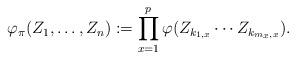
LaTeX: \begin{align*}\varphi_\pi(Z_1, \ldots, Z_n) := \prod^p_{x=1} \varphi(Z_{k_{1, x}} \cdots Z_{k_{m_x, x}}).\end{align*}